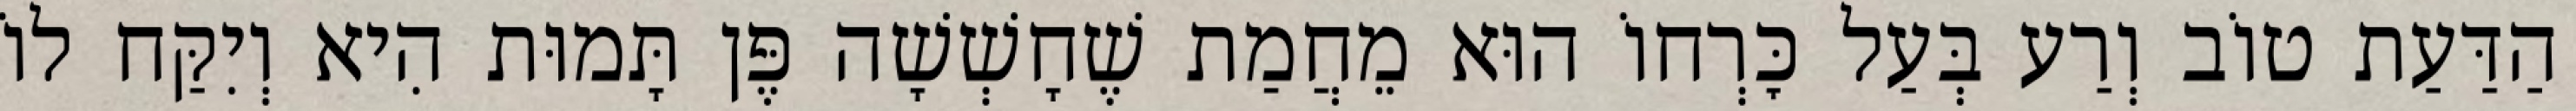
הַדַּעַת טוֹב וְרַע בְּעַל כׇּרְחוֹ הוּא מֵחֲמַת שֶׁחָשְׁשָׁה פֶּן תָּמוּת הִיא וְיִקַּח לוֹ